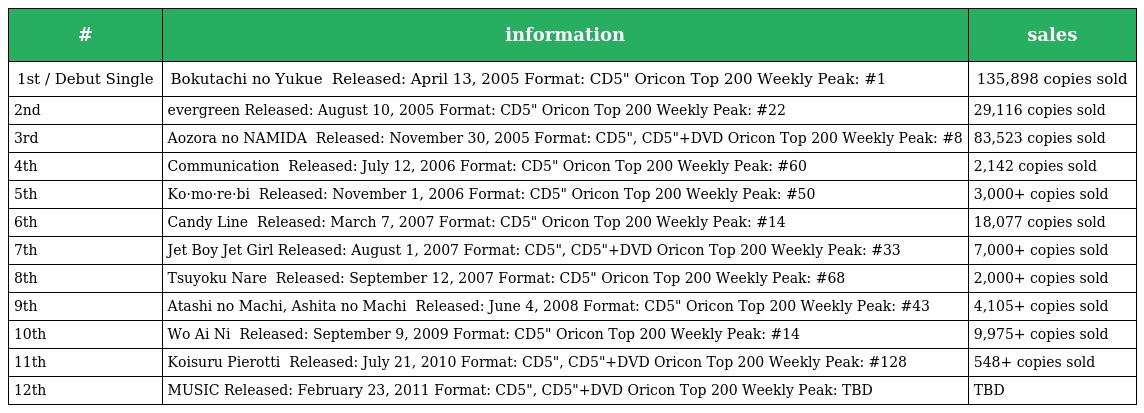
| # | information | sales |
 | --- | --- | --- |
 | 1st / Debut Single | Bokutachi no Yukue 僕たちの行方 Released: April 13, 2005 Format: CD5" Oricon Top 200 Weekly Peak: #1 | 135,898 copies sold |
 | 2nd | evergreen Released: August 10, 2005 Format: CD5" Oricon Top 200 Weekly Peak: #22 | 29,116 copies sold |
 | 3rd | Aozora no NAMIDA 青空のナミダ Released: November 30, 2005 Format: CD5", CD5"+DVD Oricon Top 200 Weekly Peak: #8 | 83,523 copies sold |
 | 4th | Communication コミュニケイション Released: July 12, 2006 Format: CD5" Oricon Top 200 Weekly Peak: #60 | 2,142 copies sold |
 | 5th | Ko·mo·re·bi コ・モ・レ・ビ Released: November 1, 2006 Format: CD5" Oricon Top 200 Weekly Peak: #50 | 3,000+ copies sold |
 | 6th | Candy Line キャンディ・ライン Released: March 7, 2007 Format: CD5" Oricon Top 200 Weekly Peak: #14 | 18,077 copies sold |
 | 7th | Jet Boy Jet Girl Released: August 1, 2007 Format: CD5", CD5"+DVD Oricon Top 200 Weekly Peak: #33 | 7,000+ copies sold |
 | 8th | Tsuyoku Nare 強くなれ Released: September 12, 2007 Format: CD5" Oricon Top 200 Weekly Peak: #68 | 2,000+ copies sold |
 | 9th | Atashi no Machi, Ashita no Machi あたしの街、明日の街 Released: June 4, 2008 Format: CD5" Oricon Top 200 Weekly Peak: #43 | 4,105+ copies sold |
 | 10th | Wo Ai Ni ウォーアイニー Released: September 9, 2009 Format: CD5" Oricon Top 200 Weekly Peak: #14 | 9,975+ copies sold |
 | 11th | Koisuru Pierotti 恋するピエロッティ Released: July 21, 2010 Format: CD5", CD5"+DVD Oricon Top 200 Weekly Peak: #128 | 548+ copies sold |
 | 12th | MUSIC Released: February 23, 2011 Format: CD5", CD5"+DVD Oricon Top 200 Weekly Peak: TBD | TBD |